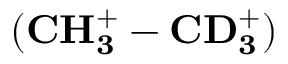
( \mathbf { C H _ { 3 } ^ { + } - C D _ { 3 } ^ { + } } )